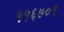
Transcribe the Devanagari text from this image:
५५६७०९